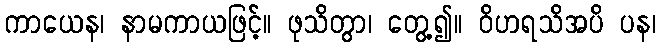
ကာယေန၊ နာမကာယဖြင့်။ ဖုသိတွာ၊ တွေ့၍။ ဝိဟရသိအပိ ပန၊